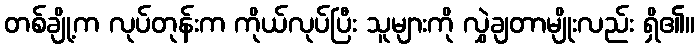
တစ်ချို့က လုပ်တုန်းက ကိုယ်လုပ်ပြီး သူများကို လွှဲချတာမျိုးလည်း ရှိ၏။